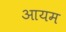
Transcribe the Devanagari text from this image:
आयम